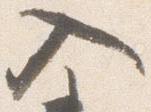
入